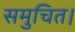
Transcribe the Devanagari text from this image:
समुचित।